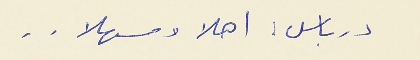
درباس : اهلا وسهلا . .